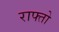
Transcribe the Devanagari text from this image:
राफ्तो